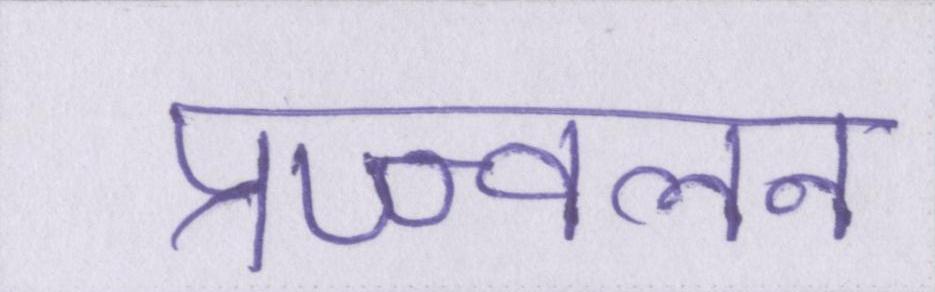
प्रज्ज्वलन